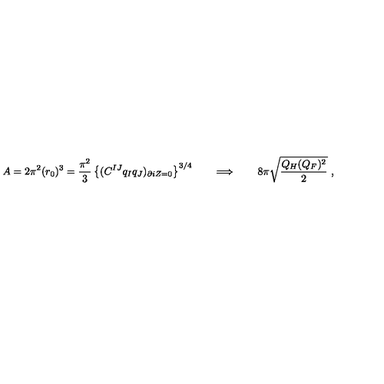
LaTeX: A = 2 \pi ^ { 2 } ( r _ { 0 } ) ^ { 3 } = { \frac { \pi ^ { 2 } } { 3 } } \left\{ ( C ^ { I J } q _ { I } q _ { J } ) _ { \partial i Z = 0 } \right\} ^ { 3 / 4 } \qquad \Longrightarrow \qquad 8 \pi \sqrt { \frac { Q _ { H } ( Q _ { F } ) ^ { 2 } } { 2 } } \ ,